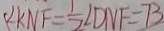
\angle K N F = \frac { 1 } { 2 } \angle D N F = 7 3